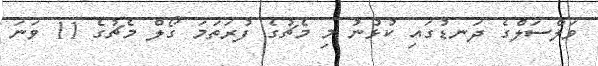
ވަލްސަލްގެ ދަނޑުގައި ކުޅުނު މި މެޗުގެ ފުރަތަމަ ގޯލް މެޗުގެ 11 ވަނަ